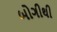
બોગીથી